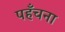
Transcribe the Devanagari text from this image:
पहँचना